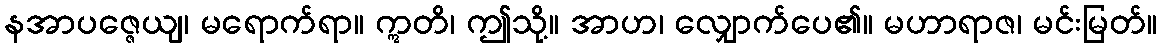
နအာပဇ္ဇေယျ၊ မရောက်ရာ။ ဣတိ၊ ဤသို့။ အာဟ၊ လျှောက်ပေ၏။ မဟာရာဇ၊ မင်းမြတ်။